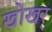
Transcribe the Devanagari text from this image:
खोखर्